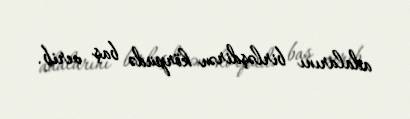
adalarını birləşdirən körpüdə baş verib.